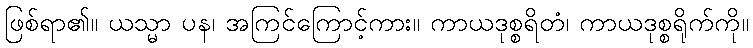
ဖြစ်ရာ၏။ ယသ္မာ ပန၊ အကြင်ကြောင့်ကား။ ကာယဒုစ္စရိတံ၊ ကာယဒုစ္စရိုက်ကို။